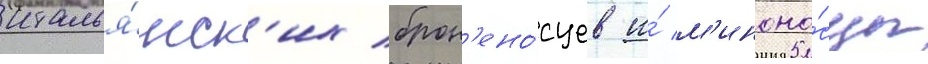
италья́нск'их брон'ено́сцев и́ м'иноно́сцы